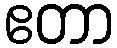
ဧတာ